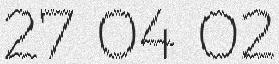
27 04 02